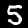
Digit: 5